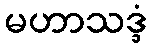
မဟာသဒ္ဒံ